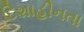
દિશાહીનતા